Civil Veterinary Department. Madras. Admin. report 1926-33 - 1926-1933
Year: 1926
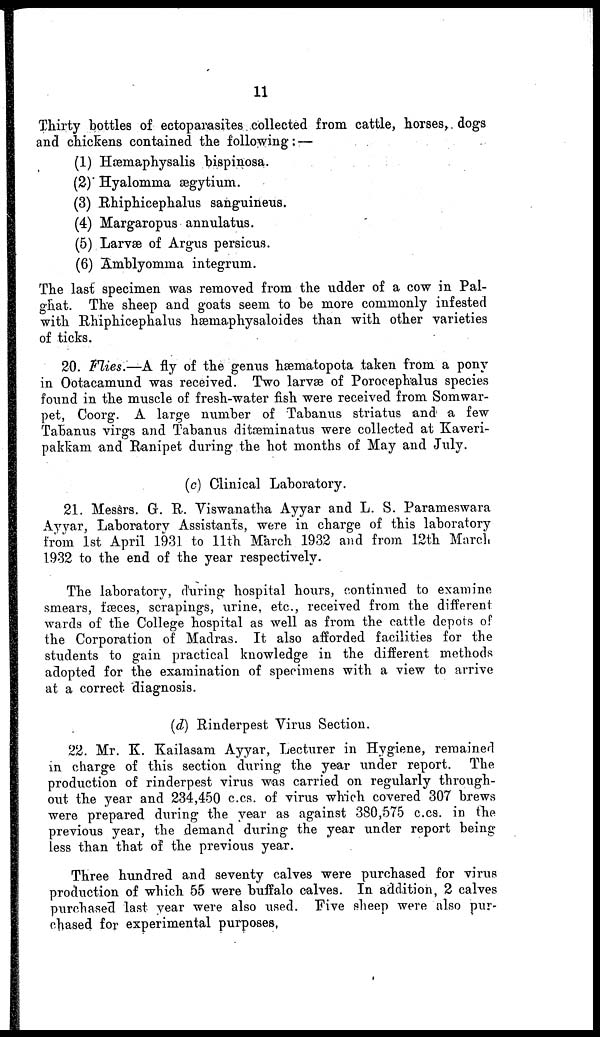
11
Thirty bottles of ectoparasites collected from cattle, horses, dogs
and chickens contained the following: —
(1) Hæmaphysalis bispinosa.
(2) Hyalomma ægytium.
(3) Rhiphicephalus sanguineus.
(4) Margaropus annulatus.
(5) Larvæ of Argus persicus.
(6) Amblyomma integrum.
The last specimen was removed from the udder of a cow in Pal-
ghat. The sheep and goats seem to be more commonly infested
with Rhiphicephalus hæmaphysaloides than with other varieties
of ticks.
20. Flies.—A fly of the genus hæmatopota taken from a pony
in Ootacamund was received. Two larvæ of Porocephalus species
found in the muscle of fresh-water fish were received from Somwar-
pet, Coorg. A large number of Tabanus striatus and a few
Tabanus virgs and Tabanus ditæminatus were collected at Kaveri-
pakkam and Ranipet during the hot months of May and July.
(c) Clinical Laboratory.
21. Messrs. G. R. Viswanatha Ayyar and L. S. Parameswara
Ayyar, Laboratory Assistants, were in charge of this laboratory
from 1st April 1931 to 11th March 1932 and from 12th March
1932 to the end of the year respectively.
The laboratory, during hospital hours, continued to examine
smears, fæces, scrapings, urine, etc., received from the different
words of the College hospital as well as from the rattle depots of
the Corporation of Madras. It also afforded facilities for the
students to gain practical knowledge in the different methods
adopted for the examination of specimens with a view to arrive
at a correct diagnosis.
(d) Rinderpest Virus Section.
22. Mr. K. Kailasam Ayyar, Lecturer in Hygiene, remained
in charge of this section during the year under report.
The
production of rinderpest virus was carried on regularly through-
out the year and 234,450 c.cs. of virus winch covered 307 brews
were prepared during the year as against 380,575 c.cs. in the
previous year, the demand during the year under report being
less than that of the previous year.
Three hundred and seventy calves were purchased for virus
production of which 55 were buffalo calves. In addition, 2 calves
purchased last year were also used. Five sheep were also pur-
chased for experimental purposes.